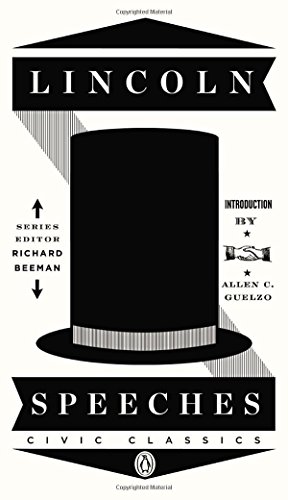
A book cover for Lincoln Speeches (Penguin Civic Classics); Abraham Lincoln; Literature & Fiction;